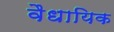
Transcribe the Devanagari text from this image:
वैधायिक